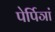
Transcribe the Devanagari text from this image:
पेर्पिञां